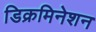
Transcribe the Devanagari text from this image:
डिक्रमिनेशन